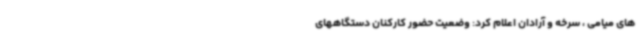
های میامی ، سرخه و آرادان اعلام کرد: وضعیت حضور کارکنان دستگاههای